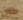
كان